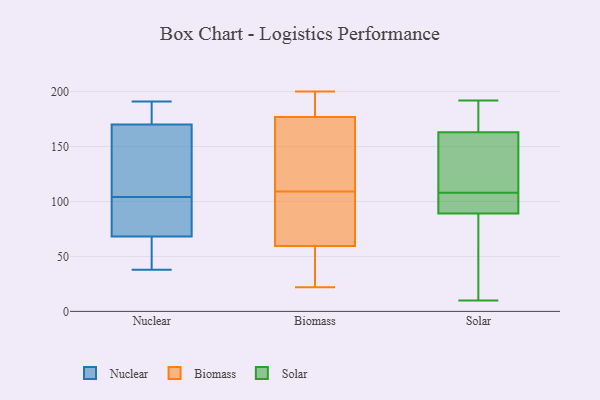
{"axis": {"x": "Tickets Resolved", "y": "Value"}, "legend": ["Biomass", "Nuclear", "Solar"], "data": [{"x": "", "y": 169, "type": "Nuclear"}, {"x": "", "y": 153, "type": "Nuclear"}, {"x": "", "y": 156, "type": "Nuclear"}, {"x": "", "y": 57, "type": "Nuclear"}, {"x": "", "y": 72, "type": "Nuclear"}, {"x": "", "y": 40, "type": "Nuclear"}, {"x": "", "y": 173, "type": "Nuclear"}, {"x": "", "y": 173, "type": "Nuclear"}, {"x": "", "y": 184, "type": "Nuclear"}, {"x": "", "y": 88, "type": "Nuclear"}, {"x": "", "y": 84, "type": "Nuclear"}, {"x": "", "y": 104, "type": "Nuclear"}, {"x": "", "y": 55, "type": "Nuclear"}, {"x": "", "y": 165, "type": "Nuclear"}, {"x": "", "y": 38, "type": "Nuclear"}, {"x": "", "y": 77, "type": "Nuclear"}, {"x": "", "y": 191, "type": "Nuclear"}, {"x": "", "y": 36, "type": "Biomass"}, {"x": "", "y": 156, "type": "Biomass"}, {"x": "", "y": 42, "type": "Biomass"}, {"x": "", "y": 97, "type": "Biomass"}, {"x": "", "y": 22, "type": "Biomass"}, {"x": "", "y": 192, "type": "Biomass"}, {"x": "", "y": 154, "type": "Biomass"}, {"x": "", "y": 171, "type": "Biomass"}, {"x": "", "y": 49, "type": "Biomass"}, {"x": "", "y": 109, "type": "Biomass"}, {"x": "", "y": 64, "type": "Biomass"}, {"x": "", "y": 183, "type": "Biomass"}, {"x": "", "y": 179, "type": "Biomass"}, {"x": "", "y": 58, "type": "Biomass"}, {"x": "", "y": 112, "type": "Biomass"}, {"x": "", "y": 85, "type": "Biomass"}, {"x": "", "y": 200, "type": "Biomass"}, {"x": "", "y": 99, "type": "Biomass"}, {"x": "", "y": 179, "type": "Biomass"}, {"x": "", "y": 10, "type": "Solar"}, {"x": "", "y": 180, "type": "Solar"}, {"x": "", "y": 101, "type": "Solar"}, {"x": "", "y": 178, "type": "Solar"}, {"x": "", "y": 89, "type": "Solar"}, {"x": "", "y": 115, "type": "Solar"}, {"x": "", "y": 129, "type": "Solar"}, {"x": "", "y": 163, "type": "Solar"}, {"x": "", "y": 99, "type": "Solar"}, {"x": "", "y": 192, "type": "Solar"}, {"x": "", "y": 92, "type": "Solar"}, {"x": "", "y": 88, "type": "Solar"}, {"x": "", "y": 143, "type": "Solar"}, {"x": "", "y": 63, "type": "Solar"}]}